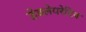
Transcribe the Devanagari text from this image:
डेक्लेयरेटिव